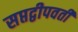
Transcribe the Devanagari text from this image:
सप्तद्वीपवती